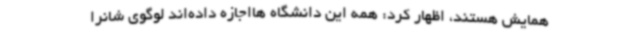
همایش هستند، اظهار کرد: همه این دانشگاه هااجازه داده‌اند لوگوی شانرا